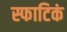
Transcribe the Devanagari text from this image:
स्फाटिकं